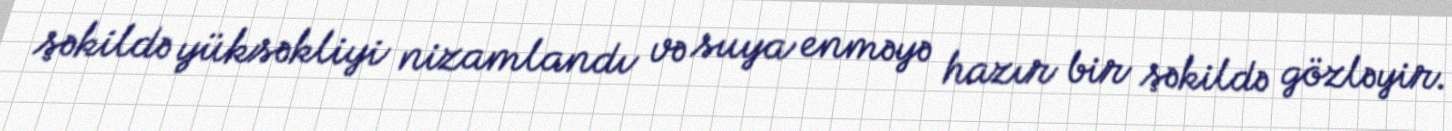
şəkildə yüksəkliyi nizamlandı və suya enməyə hazır bir şəkildə gözləyir.